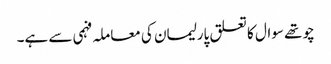
چوتھے سوال کا تعلق پارلیمان کی معاملہ فہمی سے ہے۔